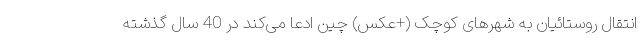
انتقال روستائیان به شهرهای کوچک (+عکس) چین ادعا می‌کند در 40 سال گذشته